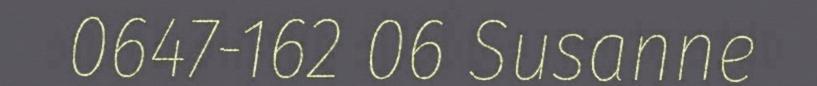
0647-162 06 Susanne